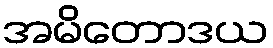
အမိတောဒယ